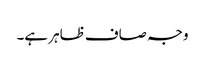
وجہ صاف ظاہر ہے۔